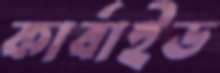
কার্বাইড